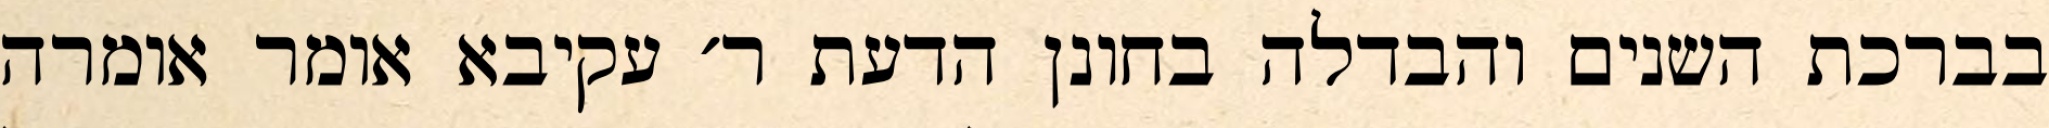
בברכת השנים והבדלה בחונן הדעת ר׳ עקיבא אומר אומרה